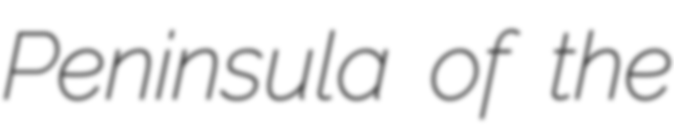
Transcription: Peninsula of the